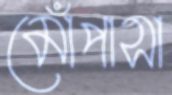
মোঁপাসা